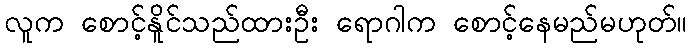
လူက စောင့်နိူင်သည်ထားဦး ရောဂါက စောင့်နေမည်မဟုတ်။